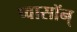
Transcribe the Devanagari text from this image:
प्वासॉन्‌